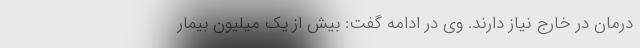
درمان در خارج نیاز دارند. وی در ادامه گفت: بیش از یک میلیون بیمار